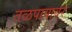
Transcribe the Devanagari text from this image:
तळपायावर